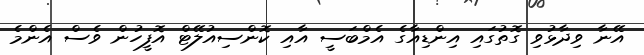
އޭނާ ވިދާޅުވި ގޮތުގައި އިންޑިއާގެ އެމްބަސީ އާއި ކޮންސިއުލޭޓް އޮފީހުން ވެސް އެންމެ